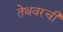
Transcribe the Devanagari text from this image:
तेथवरची